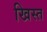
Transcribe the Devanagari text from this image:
खिस्‍त